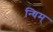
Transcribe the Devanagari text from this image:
न्धिम्